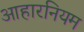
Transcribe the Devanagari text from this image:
आहारनियम